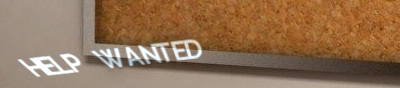
HELP WANTED